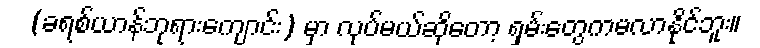
(ခရစ်ယာန်ဘုရားကျောင်း) မှာ လုပ်မယ်ဆိုတော့ ရှမ်းတွေကမလာနိုင်ဘူး။